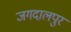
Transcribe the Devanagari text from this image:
जगदालपुर